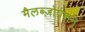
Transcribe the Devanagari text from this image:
मैलब्ज़ोर्पशन्